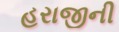
હરાજીની